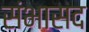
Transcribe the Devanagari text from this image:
संभासद